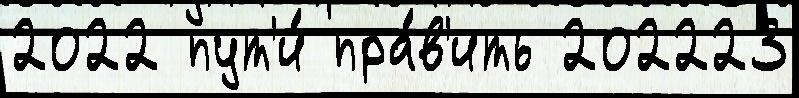
2022 пут'и́ пра́в'ить 202223